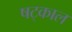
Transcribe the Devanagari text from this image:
षट्काल